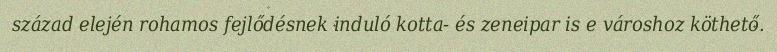
század elején rohamos fejlődésnek induló kotta- és zeneipar is e városhoz köthető.